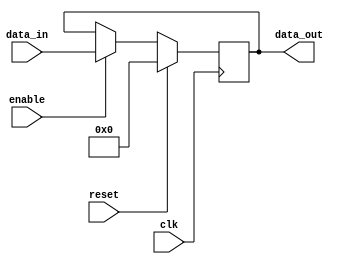
module InverterDelay(
    input wire clk,
    input wire reset,
    input wire enable,
    input wire [7:0] data_in,
    output reg [7:0] data_out
);

reg [7:0] delay_reg;

always @(posedge clk) begin
    if(reset) begin
        delay_reg <= 8'b0;
    end else if(enable) begin
        delay_reg <= data_in;
    end
end

assign data_out = delay_reg;

endmodule